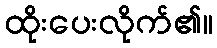
ထိုးပေးလိုက်၏။